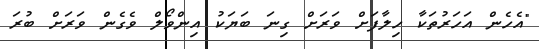
"އެހެން އަހަރުތަކާ ހިލާފަށް ވަރަށް ގިނަ ބަޔަކު އިންވޯލް ވެގެން ވަރަށް ބުރަ